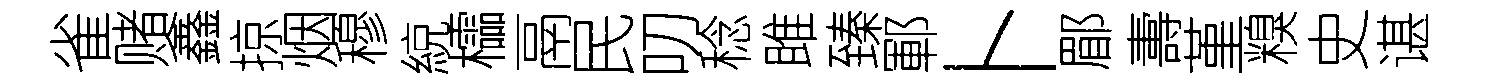
雀赌鑫掠烟穆綂櫺鬲民叨稔雎臻鄆卜郿夀堇糗史谌